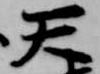
天